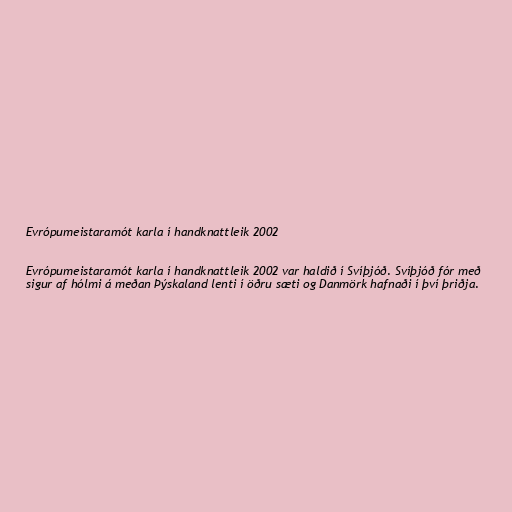
Evrópumeistaramót karla í handknattleik 2002

Evrópumeistaramót karla í handknattleik 2002 var haldið í Svíþjóð. Svíþjóð fór með
sigur af hólmi á meðan Þýskaland lenti í öðru sæti og Danmörk hafnaði í því þriðja.